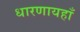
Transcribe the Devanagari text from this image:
धारणायहाँ